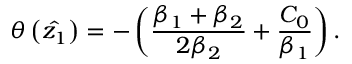
\theta \left( \hat { z _ { 1 } } \right) = - \left( \frac { \beta _ { 1 } + \beta _ { 2 } } { 2 \beta _ { 2 } } + \frac { C _ { 0 } } { \beta _ { 1 } } \right) .